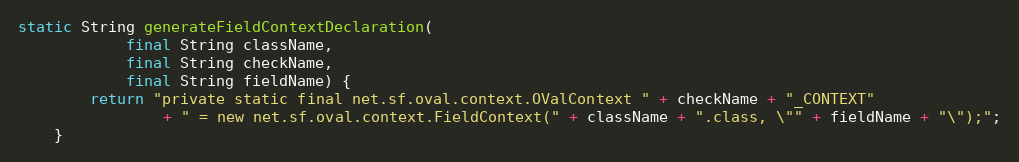
Language: Java
static String generateFieldContextDeclaration(
            final String className,
            final String checkName,
            final String fieldName) {
        return "private static final net.sf.oval.context.OValContext " + checkName + "_CONTEXT"
                + " = new net.sf.oval.context.FieldContext(" + className + ".class, \"" + fieldName + "\");";
    }